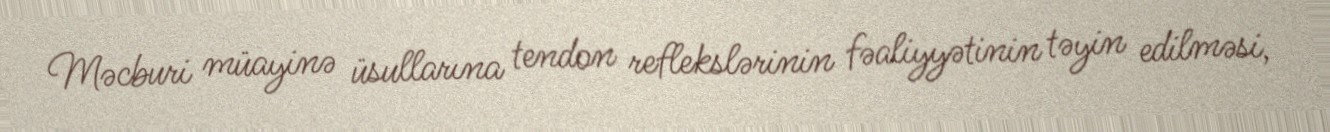
Məcburi müayinə üsullarına tendon reflekslərinin fəaliyyətinin təyin edilməsi,